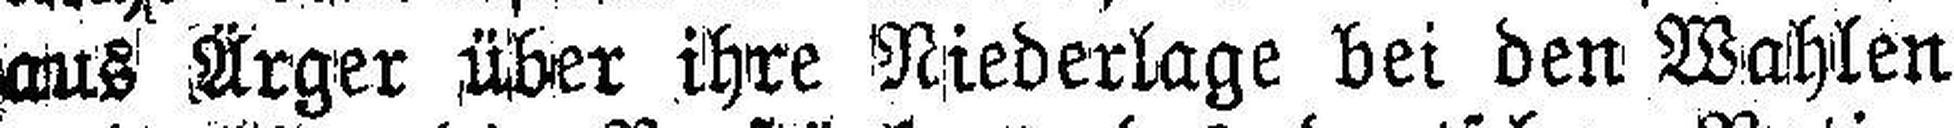
aus Ärger über ihre Niederlage bei den Wahlen